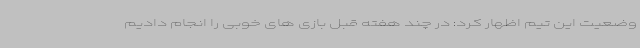
وضعیت این تیم اظهار کرد:‌ در چند هفته قبل بازی های خوبی را انجام دادیم